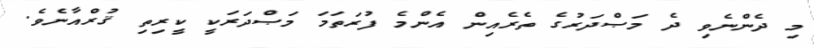
މި ދެންނެވި ދެ މަޞްދަރުގެ ތެރެއިން އެންމެ ފުރަތަމަ މަޞްދަރަކީ ކީރިތި ޤުރްއާނެވެ.